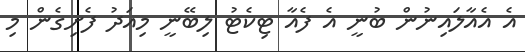
އެ އެއާލައިނުން ބުނީ އެ ފެއާ ޓިކެޓު ލިބޭނީ މިއަދު ފެށިގެން މި